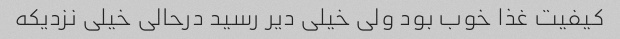
کیفیت غذا خوب بود ولی خیلی دیر رسید درحالی خیلی نزدیکه